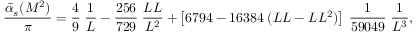
\frac { \bar { \alpha } _ { s } ( M ^ { 2 } ) } { \pi } = \frac { 4 } { 9 } \; \frac { 1 } { L } - \frac { 2 5 6 } { 7 2 9 } \; \frac { L L } { L ^ { 2 } } + \left[ 6 7 9 4 - 1 6 3 8 4 \; ( L L - L L ^ { 2 } ) \right] \; \frac { 1 } { 5 9 0 4 9 } \; \frac { 1 } { L ^ { 3 } } ,